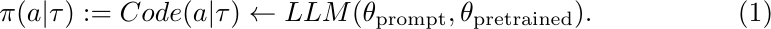
\begin{equation}
    \pi(a|\tau):=Code(a|\tau)\leftarrow LLM(\theta_{\mathrm{prompt}}, \theta_{\mathrm{pretrained}}).
    \label{code-as-policy}
\end{equation}